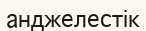
анджелестік